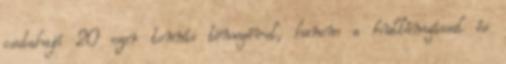
csatahajó 20 ezer tonnás tömegével, hanem a hullámzással és